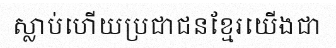
ស្លាប់ហើយប្រជាជនខ្មែរយើងជា